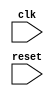
module USB_controller (
    input wire clk,
    input wire reset,
    // add additional input and output ports as needed
);

    // define timing control and synchronization logic here

endmodule